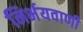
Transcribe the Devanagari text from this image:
निर्भयवाणी